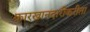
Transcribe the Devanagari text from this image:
कारखानदारीकरीता